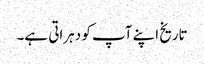
تاریخ اپنے آپ کو دہراتی ہے۔